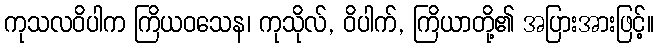
ကုသလဝိပါက ကြိယဝသေန၊ ကုသိုလ်, ဝိပါက်, ကြိယာတို့၏ အပြားအားဖြင့်။